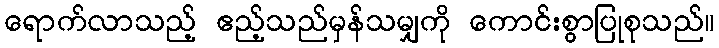
ရောက်လာသည့် ဧည့်သည်မှန်သမျှကို ကောင်းစွာပြုစုသည်။